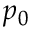
p _ { 0 }